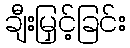
ချီးမြှင့်ခြင်း